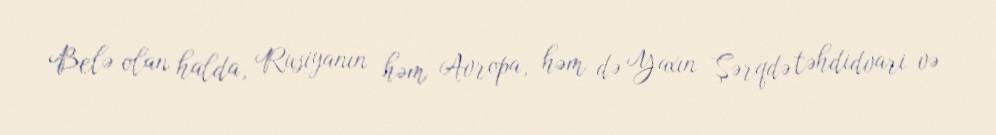
Belə olan halda, Rusiyanın həm Avropa, həm də Yaxın Şərqdə təhdidvari və